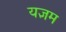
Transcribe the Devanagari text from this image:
यज्ञम